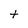
Character: t